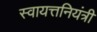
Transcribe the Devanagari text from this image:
स्वायत्तनियंत्री